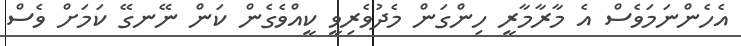
އެހެންނަމަވެސް އެ މާރާމާރީ ހިންގަން މެދުވެރިވީ ކީއްވެގެން ކަން ނޭނގޭ ކަމަށް ވެސް